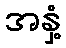
အနှံ့